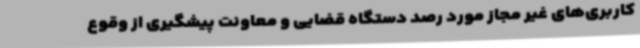
کاربری‌های غیر مجاز مورد رصد دستگاه قضایی و معاونت پیشگیری از وقوع